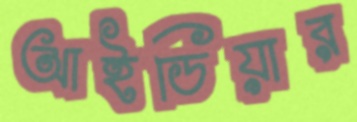
আইডিয়ার